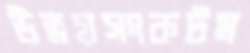
উভয়সংকটম